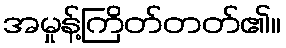
အမှုန့်ကြိတ်တတ်၏။